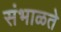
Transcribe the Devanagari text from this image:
संभाळते